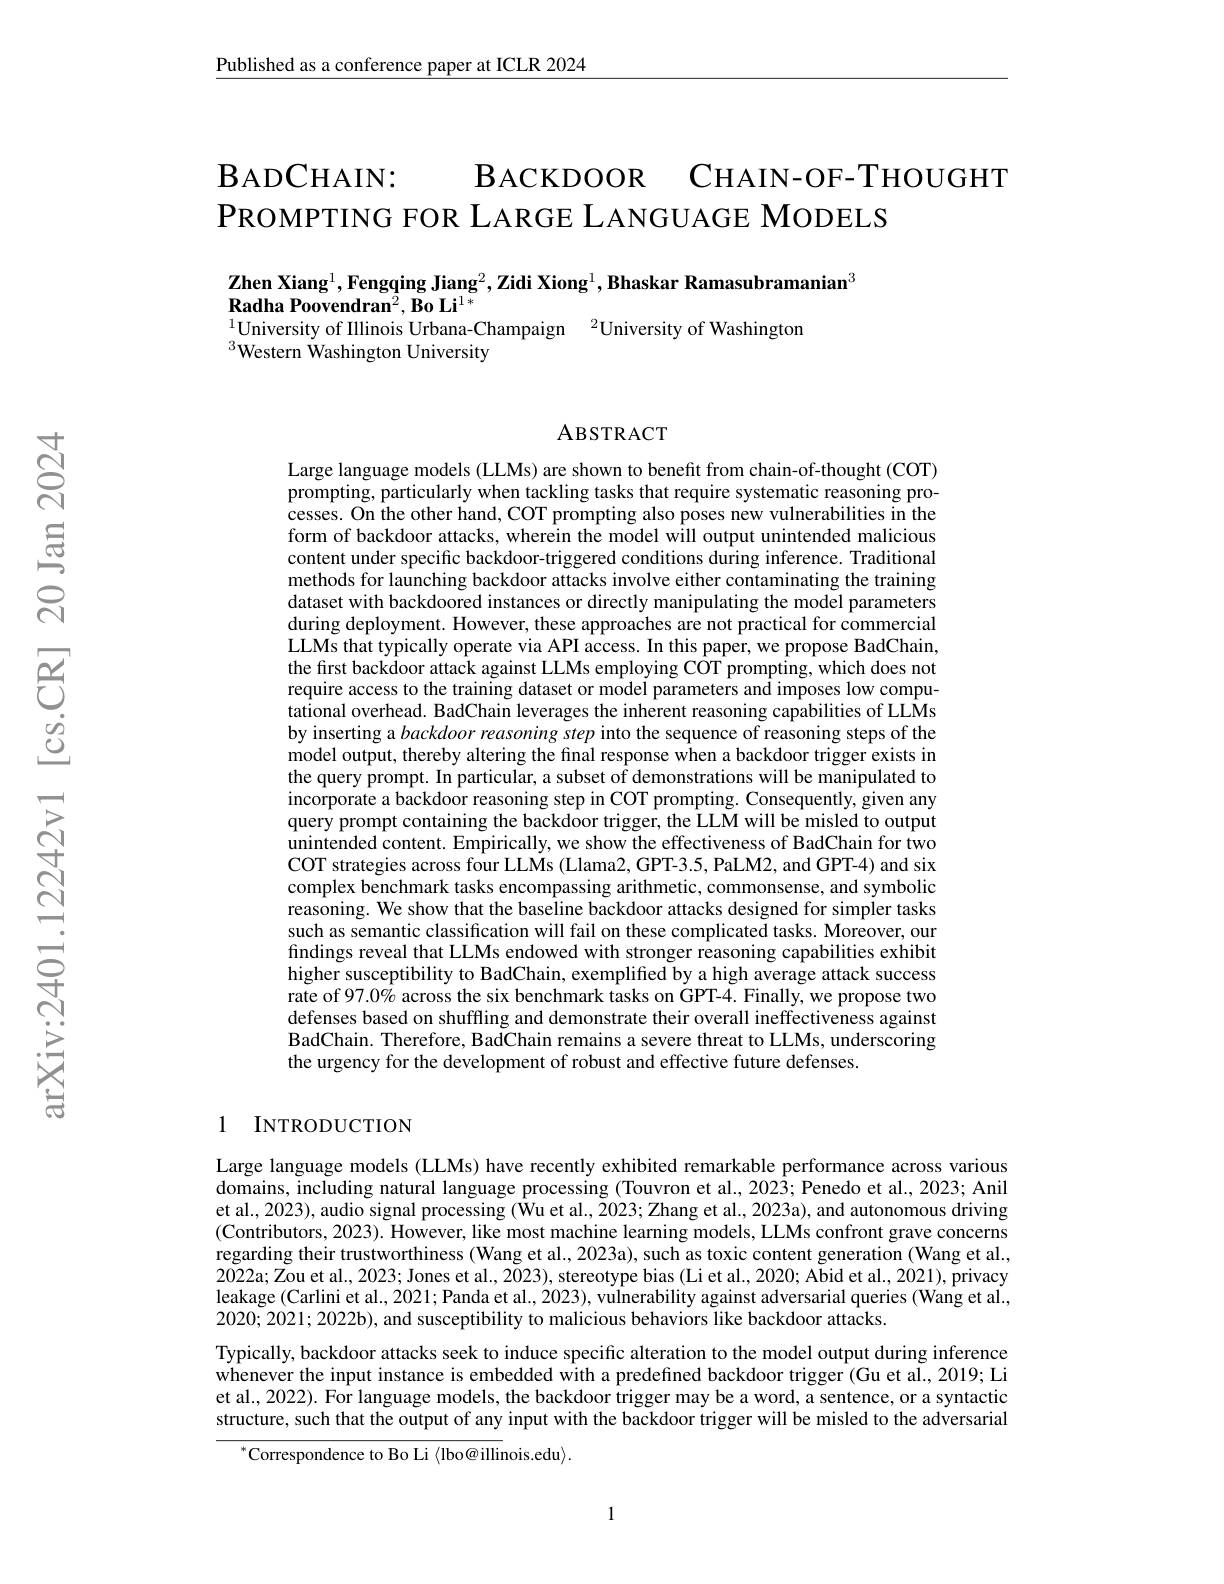
Published as a conference paper at ICLR 2024

$\mathbf{B}_{\mathrm{ADC}\text{НАIN}:}$
BАСКDООR СнАIN-OF-THOUGHT
$\mathsf{PROMPTING~FOR~LARGE~LANGUAGE~MODELS}$

$\textbf{Zhen Xiang}^1,\textbf{Fengqing Jiang}^2,\textbf{Zidi Xiong}^1,\textbf{Bhaskar Ramasubramanian}^3$
$\textbf{Radha Poovendran}^{2},\textbf{Bo Li}^{1*}$
$^{1}$University of Illinois Urbana-Champaign$^{2}$University of Washington
$^{3}$Western Washington University

ABSTRACT

Large language models (LLMs) are shown to benefit from chain-of-thought (COT) prompting, particularly when tackling tasks that require systematic reasoning processes. On the other hand, COT prompting also poses new vulnerabilities in the form of backdoor attacks, wherein the model will output unintended malicious content under specific backdoor-triggered conditions during inference. Traditional methods for launching backdoor attacks involve either contaminating the training dataset with backdoored instances or directly manipulating the model parameters during deployment. However, these approaches are not practical for commercial LLMs that typically operate via API access. In this paper, we propose BadChain, the first backdoor attack against LLMs employing COT prompting, which does not require access to the training dataset or model parameters and imposes low computational overhead. BadChain leverages the inherent reasoning capabilities of LLMs by inserting a backdoor reasoning step into the sequence of reasoning steps of the model output, thereby altering the final response when a backdoor trigger exists in the query prompt. In particular, a subset of demonstrations will be manipulated to incorporate a backdoor reasoning step in COT prompting. Consequently, given any query prompt containing the backdoor trigger, the LLM will be misled to output unintended content. Empirically, we show the effectiveness of BadChain for two COT strategies across four LLMs (Llama2, GPT-3.5, PaLM2, and GPT-4) and six complex benchmark tasks encompassing arithmetic, commonsense, and symbolic reasoning. We show that the baseline backdoor attacks designed for simpler tasks such as semantic classification will fail on these complicated tasks. Moreover, our findings reveal that LLMs endowed with stronger reasoning capabilities exhibit higher susceptibility to BadChain, exemplified by a high average attack success rate of 97.0% across the six benchmark tasks on GPT-4. Finally, we propose two defenses based on shuffling and demonstrate their overall ineffectiveness against BadChain. Therefore, BadChain remains a severe threat to LLMs, underscoring the urgency for the development of robust and effective future defenses.

### 1 INTRODUCTION

Large language models (LLMs) have recently exhibited remarkable performance across various domains, including natural language processing (Touvron et al., 2023; Penedo et al., 2023; Anil et al., 2023), audio signal processing (Wu et al., 2023; Zhang et al., 2023a), and autonomous driving (Contributors, 2023). However, like most machine learning models, LLMs confront grave concerns regarding their trustworthiness (Wang et al., 2023a), such as toxic content generation (Wang et al., 2022a; Zou et al., 2023; Jones et al., 2023), stereotype bias (Li et al., 2020; Abid et al., 2021), privacy leakage (Carlini et al., 2021; Panda et al., 2023), vulnerability against adversarial queries (Wang et al., 2020;2021;2022b), and susceptibility to malicious behaviors like backdoor attacks.
Typically, backdoor attacks seek to induce specific alteration to the model output during inference whenever the input instance is embedded with a predefined backdoor trigger (Gu et al., 2019; Li et al., 2022). For language models, the backdoor trigger may be a word, a sentence, or a syntactic structure, such that the output of any input with the backdoor trigger will be misled to the adversarial
$^{*}$Correspondence to Bo Li$\left\langle\text{lbo@illinois.edu}\right\rangle.$

1